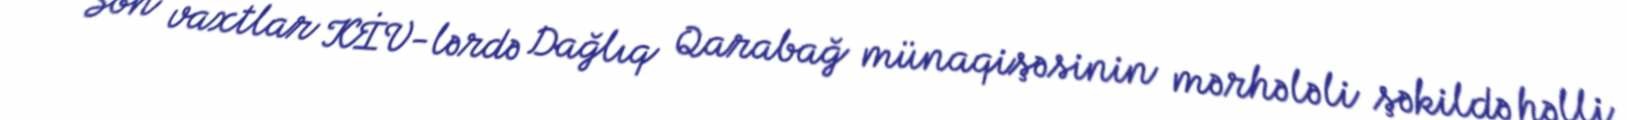
- Son vaxtlar KİV-lərdə Dağlıq Qarabağ münaqişəsinin mərhələli şəkildə həlli